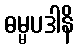
ဓမ္မပဒါနိ